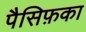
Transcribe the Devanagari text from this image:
पैसिफ़का